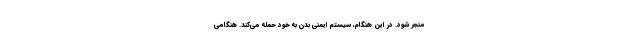
منجر شود. در این هنگام، سیستم ایمنی بدن به خود حمله می‌کند. هنگامی